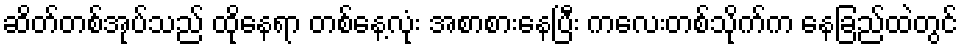
ဆိတ်တစ်အုပ်သည် ထိုနေရာ တစ်နေ့လုံး အစာစားနေပြီး ကလေးတစ်သိုက်က နေခြည်ထဲတွင်